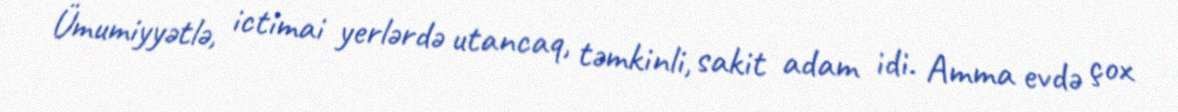
Ümumiyyətlə, ictimai yerlərdə utancaq, təmkinli, sakit adam idi. Amma evdə çox